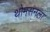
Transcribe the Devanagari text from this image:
थोमसनला